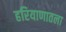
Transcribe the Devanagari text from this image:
हरियाणातला